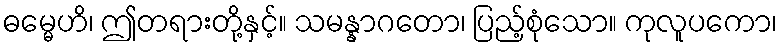
ဓမ္မေဟိ၊ ဤတရားတို့နှင့်။ သမန္နာဂတော၊ ပြည့်စုံသော။ ကုလူပကော၊